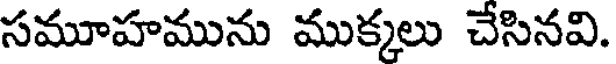
సమూహమును ముక్కలు చేసినవి.